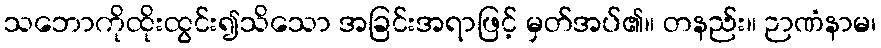
သဘောကိုထိုးထွင်း၍သိသော အခြင်းအရာဖြင့် မှတ်အပ်၏။ တနည်း။ ဉာဏံနာမ၊